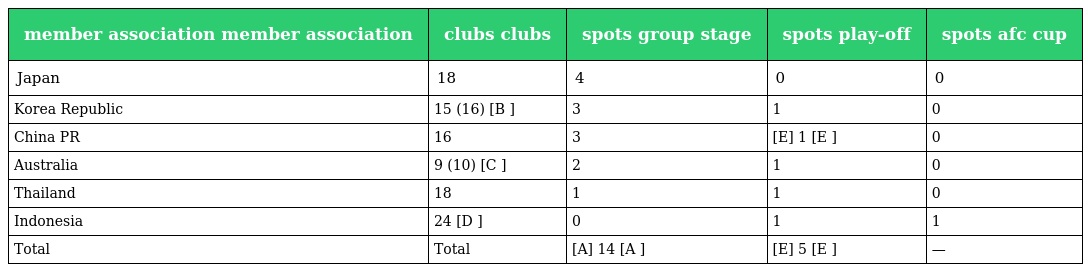
| member association member association | clubs clubs | spots group stage | spots play-off | spots afc cup |
 | --- | --- | --- | --- | --- |
 | Japan | 18 | 4 | 0 | 0 |
 | Korea Republic | 15 (16) [B ] | 3 | 1 | 0 |
 | China PR | 16 | 3 | [E] 1 [E ] | 0 |
 | Australia | 9 (10) [C ] | 2 | 1 | 0 |
 | Thailand | 18 | 1 | 1 | 0 |
 | Indonesia | 24 [D ] | 0 | 1 | 1 |
 | Total | Total | [A] 14 [A ] | [E] 5 [E ] | — |